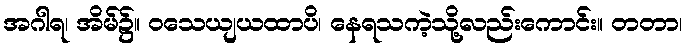
အဂါရ၊ အိမ်၌။ ဝသေယျယထာပိ၊ နေရသကဲ့သို့လည်းကောင်း။ တတာ၊